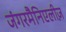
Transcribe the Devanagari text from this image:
जंगरमैनिएलीज़